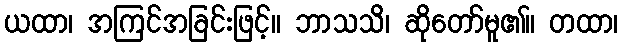
ယထာ၊ အကြင်အခြင်းဖြင့်။ ဘာသသိ၊ ဆိုတော်မူ၏။ တထာ၊